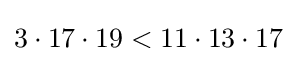
3\cdot 17\cdot 19<11\cdot 13\cdot 17